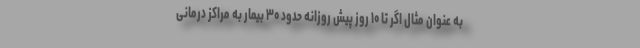
به عنوان مثال اگر تا ۱۰ روز پیش روزانه حدود ۳۰ بیمار به مراکز درمانی